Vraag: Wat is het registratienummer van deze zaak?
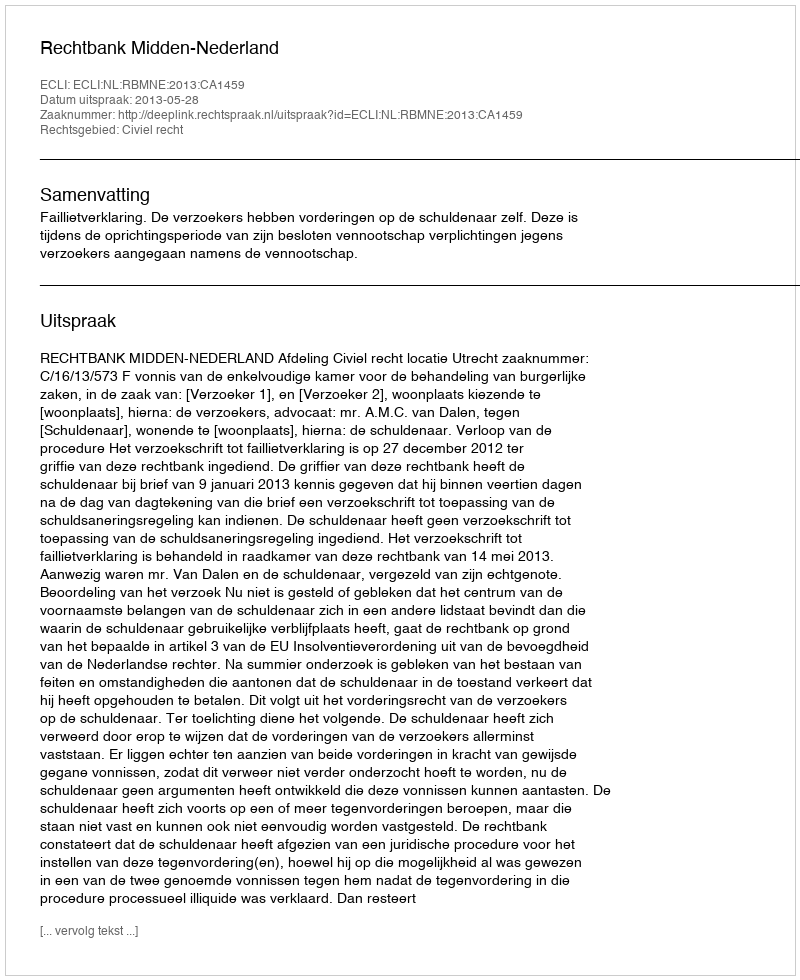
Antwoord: http://deeplink.rechtspraak.nl/uitspraak?id=ECLI:NL:RBMNE:2013:CA1459